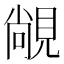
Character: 𬡾